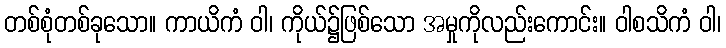
တစ်စုံတစ်ခုသော။ ကာယိကံ ဝါ၊ ကိုယ်၌ဖြစ်သော အမှုကိုလည်းကောင်း။ ဝါစသိကံ ဝါ၊